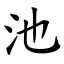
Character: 池